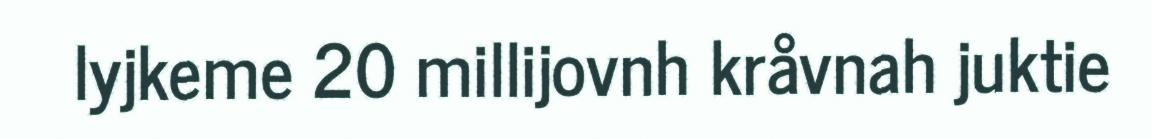
lyjkeme 20 millijovnh kråvnah juktie